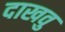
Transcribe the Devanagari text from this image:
दाखवु